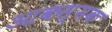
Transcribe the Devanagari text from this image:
आकस्मक